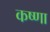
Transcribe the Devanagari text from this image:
कष्णा